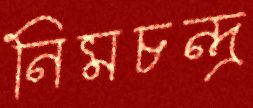
নিমচন্দ্র